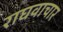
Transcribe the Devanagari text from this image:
राघवाचार